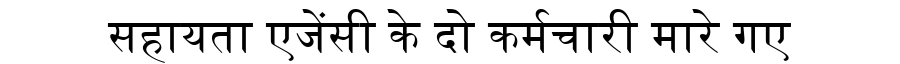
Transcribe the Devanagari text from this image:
सहायता एजेंसी के दो कर्मचारी मारे गए